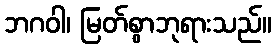
ဘဂဝါ၊ မြတ်စွာဘုရားသည်။